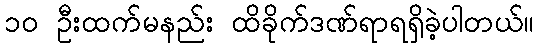
၁၀ ဦးထက်မနည်း ထိခိုက်ဒဏ်ရာရရှိခဲ့ပါတယ်။